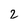
Character: 2